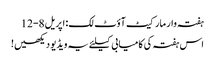
ہفتہ وار مارکیٹ آؤٹ لک: اپریل 8-12
اس ہفتہ کی کامیابی کیلئے یہ ویڈیو دیکھیں!